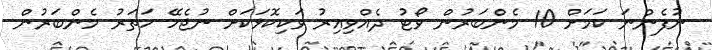
ނުފެންނަ ކަމަށް 10 މެންބަރުން ވޯޓު ދެއްވިއިރު ވަކިކޮޅަކަށް ނުޖެހޭ ހަތަރު މެންބަރުން